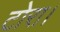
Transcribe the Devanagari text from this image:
टोरा।